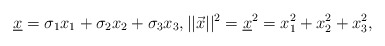
\begin{align*}\underline{x}=\sigma_1 x_1+\sigma_2 x_2+\sigma_3 x_3,||\vec{x}||^2=\underline{x}^2=x_1^2+x_2^2+x_3^2,\end{align*}